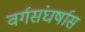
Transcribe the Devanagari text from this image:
वर्गसंघर्षास